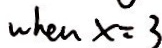
w h e n x = 3